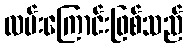
လမ်းကြောင်းဖြစ်သည်